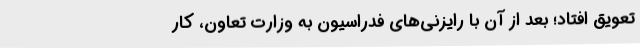
تعویق افتاد؛ بعد از آن با رایزنی‌های فدراسیون به وزارت تعاون، کار